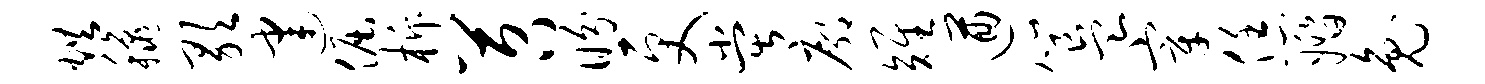
烘秋歌建倔柝苕盼更堂廓雉遒簋宰恁婚兔